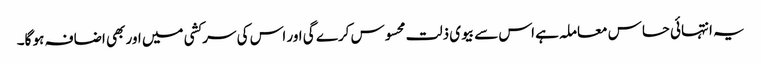
یہ انتہائی حساس معاملہ ہے اس سے بیوی ذلت محسوس کرے گی اور اس کی سرکشی میں اور بھی اضافہ ہو گا۔